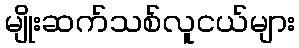
မျိုးဆက်သစ်လူငယ်များ